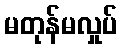
မတုန်မလှုပ်